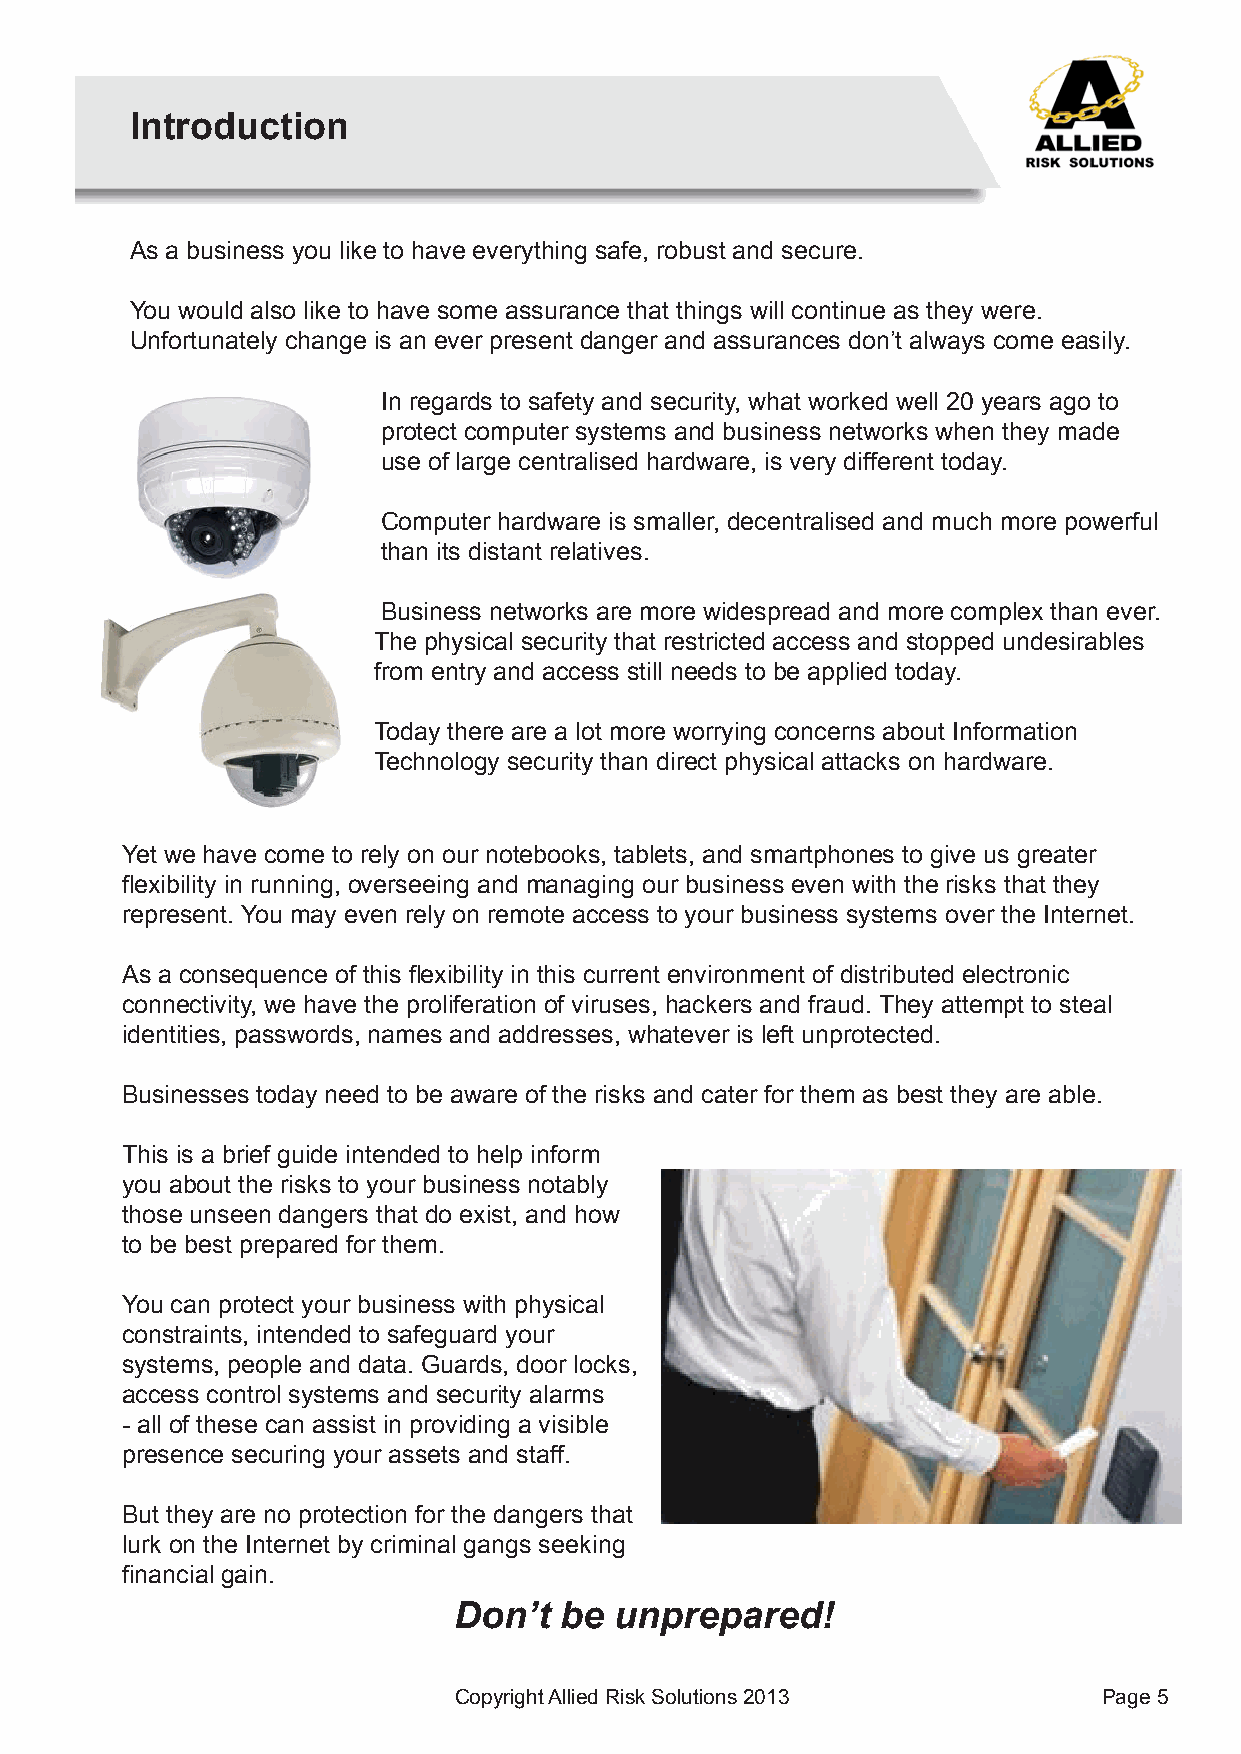
Introduction
 As a business you like to have everything safe, robust and secure.
 You would also like to have some assurance that things will continue as they were.
 Unfortunately change is an ever present danger and assurances don’t always come easily.
 In regards to safety and security, what worked well 20 years ago to
 protect computer systems and business networks when they made
 use of large centralised hardware, is very different today.
 Computer hardware is smaller, decentralised and much more powerful
 than its distant relatives.
 Business networks are more widespread and more complex than ever.
 The physical security that restricted access and stopped undesirables
 from entry and access still needs to be applied today.
 Today there are a lot more worrying concerns about Information
 Technology security than direct physical attacks on hardware.
 Yet we have come to rely on our notebooks, tablets, and smartphones to give us greater
 flexibility in running, overseeing and managing our business even with the risks that they
 represent. You may even rely on remote access to your business systems over the Internet.
 As a consequence of this flexibility in this current environment of distributed electronic
 connectivity, we have the proliferation of viruses, hackers and fraud. They attempt to steal
 identities, passwords, names and addresses, whatever is left unprotected.
 Businesses today need to be aware of the risks and cater for them as best they are able.
 This is a brief guide intended to help inform
 you about the risks to your business notably
 those unseen dangers that do exist, and how
 to be best prepared for them.
 You can protect your business with physical
 constraints, intended to safeguard your
 systems, people and data. Guards, door locks,
 access control systems and security alarms
 - all of these can assist in providing a visible
 presence securing your assets and staff.
 But they are no protection for the dangers that
 lurk on the Internet by criminal gangs seeking
 financial gain.
 Don’t  be  unprepared!
 Copyright Allied Risk Solutions 2013       Page 5